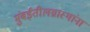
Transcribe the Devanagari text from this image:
मुंबईतीलग्रास्‍थांना